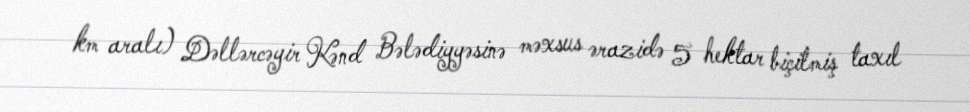
km aralı) Dəllərcəyir Kənd Bələdiyyəsinə məxsus ərazidə 5 hektar biçilmiş taxıl